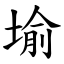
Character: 堬